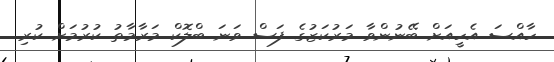
ހާއްސަ އެހީއަށް ބޭނުންވާ މަރުކަޒުގެ ފަސް ވަނަ ބްލޮކް މަރާމާތު ކުރުމަށް ކުރި